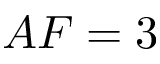
A F = 3